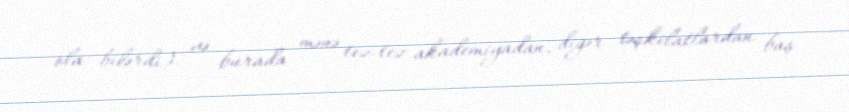
ola bilərdi) və burada mənə tez-tez akademiyadan, digər təşkilatlardan baş